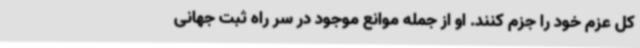
کل عزم خود را جزم کنند. او از جمله‌ موانع موجود در سر راه ثبت جهانی